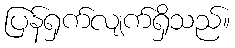
ပြန်ရှက်လျက်ရှိသည်။